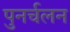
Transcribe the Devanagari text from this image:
पुनर्चलन